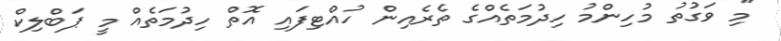
"މި ވަގުތު މުހިންމު ހިދުމަތެއްގެ ތެރެއިން ހުއްޓިފައި އޮތް ހިދުމަތެއް މީ ޕަބްލިކް